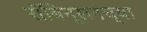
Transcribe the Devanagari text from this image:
रॉबिन्सनच्या